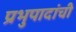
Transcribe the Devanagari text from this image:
प्रभुपादांची